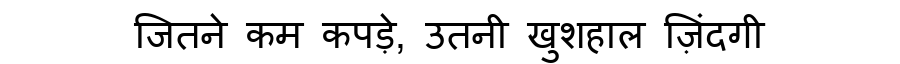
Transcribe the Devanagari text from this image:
जितने कम कपड़े, उतनी खुशहाल ज़िंदगी